Report on vaccination in the Province of Bengal - 1874-1889
Year: 1874
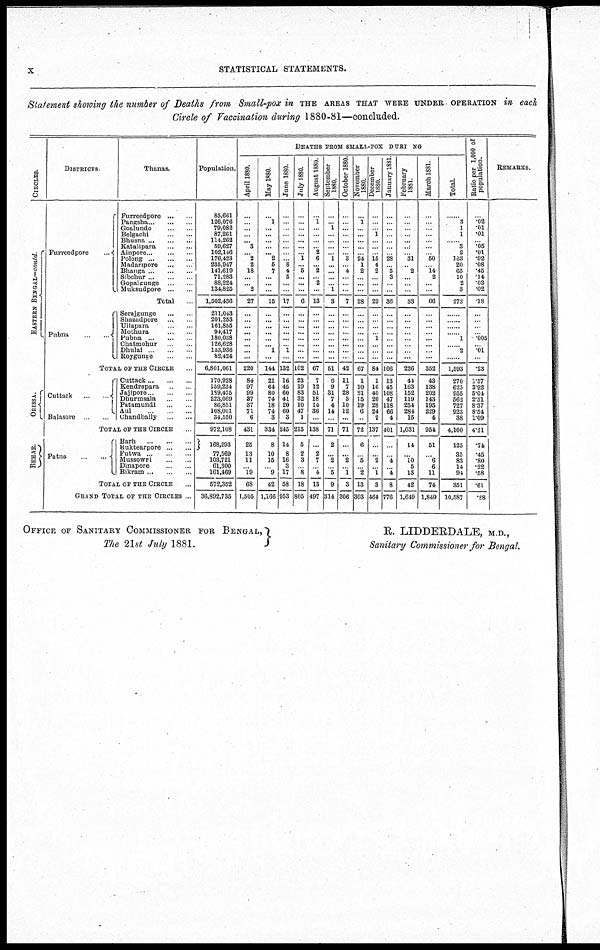
x
STATISTICAL STATEMENTS.
Statement showing the number of Deaths from Small-pox in THE AREAS THAT WERE UNDER OPERATION in each
Circle of Vaccination during 1880-81—concluded.
CIRCLES.
EASTERN BENGAL—contd.
ORISSA.
BEHAR.
DISTRICTS.
Furreedpore
...
Thanas.
Furreedpore ... ...
Pangsha ... ... ...
Goalundo ... ...
Belgachi
...
...
Bhusna ... ... ...
Katalipara
...
...
Ainpore ... ... ...
Polong ... ... ...
Madaripore
...
...
Bhanga ... ... ...
Sibchur ... ... ...
Gopalgunge
...
...
Muksudpore ... ...
Total ...
Pubna
...
...
Serajgunge
...
...
Shazadpore
...
...
Ullapara
...
...
Mothura
...
...
Pubna
...
...
...
Chatmohur
...
...
Dhulai ... ... ...
Roygunge
...
...
TOTAL OF THE CIRCLE
Cuttack
...
...
Balasore
Cuttack ... ... ...
Kendrapara ... ...
Jajipore ... ... ...
Dhurmsala
...
...
Patamundi
...
...
Aul ... ... ...
Chandbally
...
...
TOTAL OF THE CIRCLE ...
Patna
...
...
Barh
...
...
...
Buktearpore ... ...
Futwa
...
...
...
Mussowri
...
...
Dinapore
...
...
Bikram
...
...
TOTAL OF THE CIRCLE
GRAND TOTAL OF THE CIRCLES ...
Population.
85,661
126,076
79,082
87,261
114,262
59,627
102,146
176,423
235,947
141,619
71,283
88,224
134,825
1,502,436
211,043
201,253
161,855
94,417
180,038
126,628
153,936
82,424
6,801,061
170,928
159,234
189,475
223,069
86,851
108,001
34,550
972,108
168,293
77,569
103,721
61,300
161,469
672,352
36,892,735
DEATHS FROM SMALL-POX DURING.
April 1880.
...
...
...
...
... 3
... 2
2
18
...
... 2
27
...
...
...
...
...
... ...
...
220
84
97
99
37
37
71
6
431
25
13
11
... 19
68
1,505
May 1880.
...
1
...
...
...
...
... 2
5
7
...
...
...
15
...
...
...
...
...
... 1
...
144
21
64
80
74
18
74
3
334
8
10
15
... 9
42
1,166
June 1880.
...
...
...
...
...
...
...
... 8
4
5
...
...
17
...
...
...
...
...
... 1
...
132
16
45
60
41
20
60
8
246
14
8
16
3
17
58
953
July 1880.
...
...
...
...
...
...
... 1
... 5
...
...
...
6
...
...
...
...
...
... ...
...
102
23
19
83
32
10
47
1
215
5
2
3
... 8
18
805
August 1880.
...
1
...
...
...
... 2
6
... 2
... 2
...
13
...
...
...
...
...
... ...
...
67
7
12
51
18
14
36
...
138
...
2
7
... 4
13
497
September
1880.
...
... 1
...
...
...
... 1
...
...
...
... 1
3
...
...
...
...
...
... ...
...
51
6
9
31
7
4
14
...
71
2
... 2
... 5
9
314
October 1880.
...
...
...
...
...
...
... 3
... 4
...
...
...
7
...
...
...
...
...
... ...
...
42
11
7
28
3
10
12
...
71
...
... 2
... 1
3
306
November
1880.
...
1
...
...
...
...
... 24
1
2
...
...
...
28
...
...
...
...
...
... ...
...
67
1
10
21
15
19
6
...
72
6
... 5
... 2
13
303
December
1880.
...
...
... 1
...
...
... 15
4
2
...
...
...
22
...
...
...
... 1
... ...
...
84
1
16
40
26
28
24
2
137
...
... 2
... 1
3
464
January 1881.
...
...
...
...
...
...
... 28
... 5
3
...
...
36
...
...
...
...
...
... ...
...
106
13
45
108
47
118
66
4
401
...
... 4
... 4
8
776
February
1881.
...
...
...
...
...
...
... 31
... 2
...
...
...
33
...
...
...
...
...
... ...
...
226
44
163
152
119
254
284
15
1,031
14
... 10
5
13
42
1,649
March 1881.
...
...
...
...
...
...
... 50
... 14
2
...
...
66
...
...
...
...
...
... ...
...
352
43
138
202
143
195
229
4
954
51
... 6
6
11
74
1,849
Total.
......
3
1
1
...... 3
2
163
20
65
10
2
3
273
......
......
......
...... 1
...... 2
......
1,593
270
625
955
562
727
923
38
4,100
125
35
83
14
94
361
10,587
Ratio per 1,000 of
population.
...
.02
.01
.01
... .05
.01
.92
.08
.46
.14
.02
.02
.18
...
...
...
... .005
... 01
...
.23
1.57
3.92
5.04
2.51
8.37
8.54
1.09
4.21
.74
.45
.80
.22
.58
.61
.28
REMARKS.
OFFICE OF SANITARY COMMISSIONER FOR BENGAL,
The 21st July 1881.
R. LIDDERDALE, M.D.,
Sanitary Commissioner for Bengal.